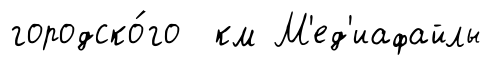
городско́го км М'ед'иафайлы